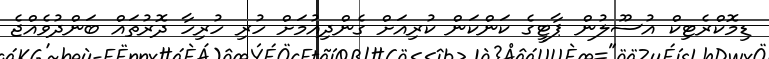
ޑިމޮކްރެޓިކް އުސޫލުން ޕާޓީގެ ކަންކަން ކުރިއަށް ގެންދިއުމަށް ހުރި ހުރިހާ ދޮރުތައް ބަންދުވެއްޖެ